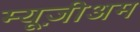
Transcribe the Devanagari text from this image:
म्यूज़ीअम